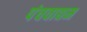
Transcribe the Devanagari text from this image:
पंचवाद्यम